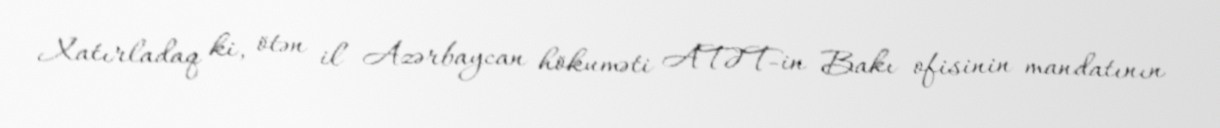
Xatırladaq ki, ötən il Azərbaycan hökuməti ATƏT-in Bakı ofisinin mandatının